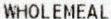
WHOLEMEAL